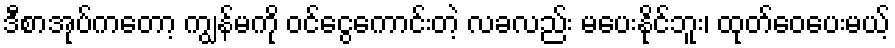
ဒီစာအုပ်ကတော့ ကျွန်မကို ဝင်ငွေကောင်းတဲ့ လခလည်း မပေးနိုင်ဘူး၊ ထုတ်ဝေပေးမယ့်